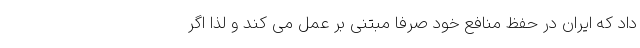
داد که ایران در حفظ منافع خود صرفاً مبتنی بر عمل می کند و لذا اگر